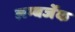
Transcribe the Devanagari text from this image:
लम्बर्जेक